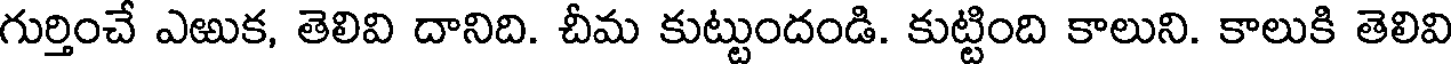
గుర్తించే ఎఱుక, తెలివి దానిది. చీమ కుట్టుందండి. కుట్టింది కాలుని. కాలుకి తెలివి